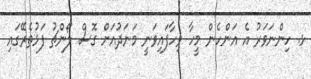
ޅ. ހިންނަވަރު އެ އަންހެން މީހާ ވިހާފަައިވަނީ މަނަދުއަށް ގޮސް ލޯންޗު ފަޅުތެރޭގައި